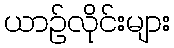
ယာဉ်လိုင်းများ